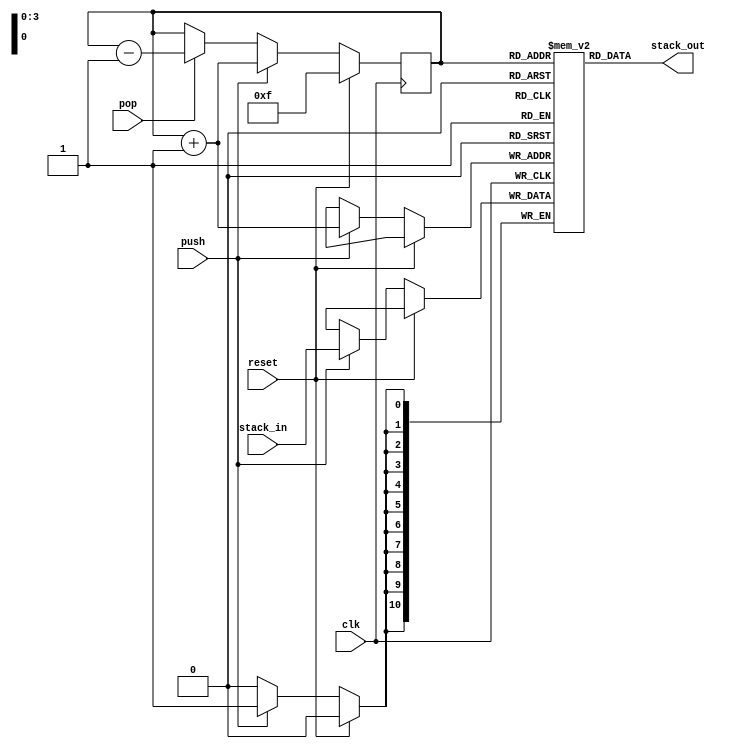
module Stack (
    stack_out,
    stack_in,
    push,
    pop,
    reset,
    clk
);

//--------
    output[10:0] stack_out;
    input[10:0] stack_in;
    input push,pop,reset,clk;

//-------
    reg[3:0] stack_ptr;
    reg[10:0] stack[15:0];
    wire[10:0] stack_out;
    wire[3:0] stk_index;

    assign stk_index = stack_ptr + 1;
    assign stack_out = stack[stack_ptr[3:0]];

    always @(posedge clk) begin
        if(reset) begin
            stack_ptr <= 4'b1111;
        end else if(push) begin
            stack[stk_index[3:0]] <= stack_in;
            stack_ptr <= stack_ptr + 1;
            
        end else if(pop) begin
            stack_ptr <= stack_ptr - 1;
        end
    
    end

endmodule